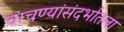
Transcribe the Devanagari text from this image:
चाचण्यांसंदर्भातला